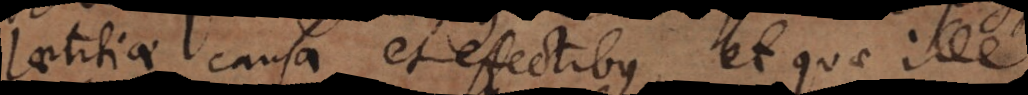
laetitiae causa et effectibus, et quae ille